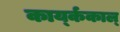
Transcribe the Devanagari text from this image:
कार्य्ककाल्